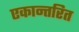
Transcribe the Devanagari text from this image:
एकान्तरित